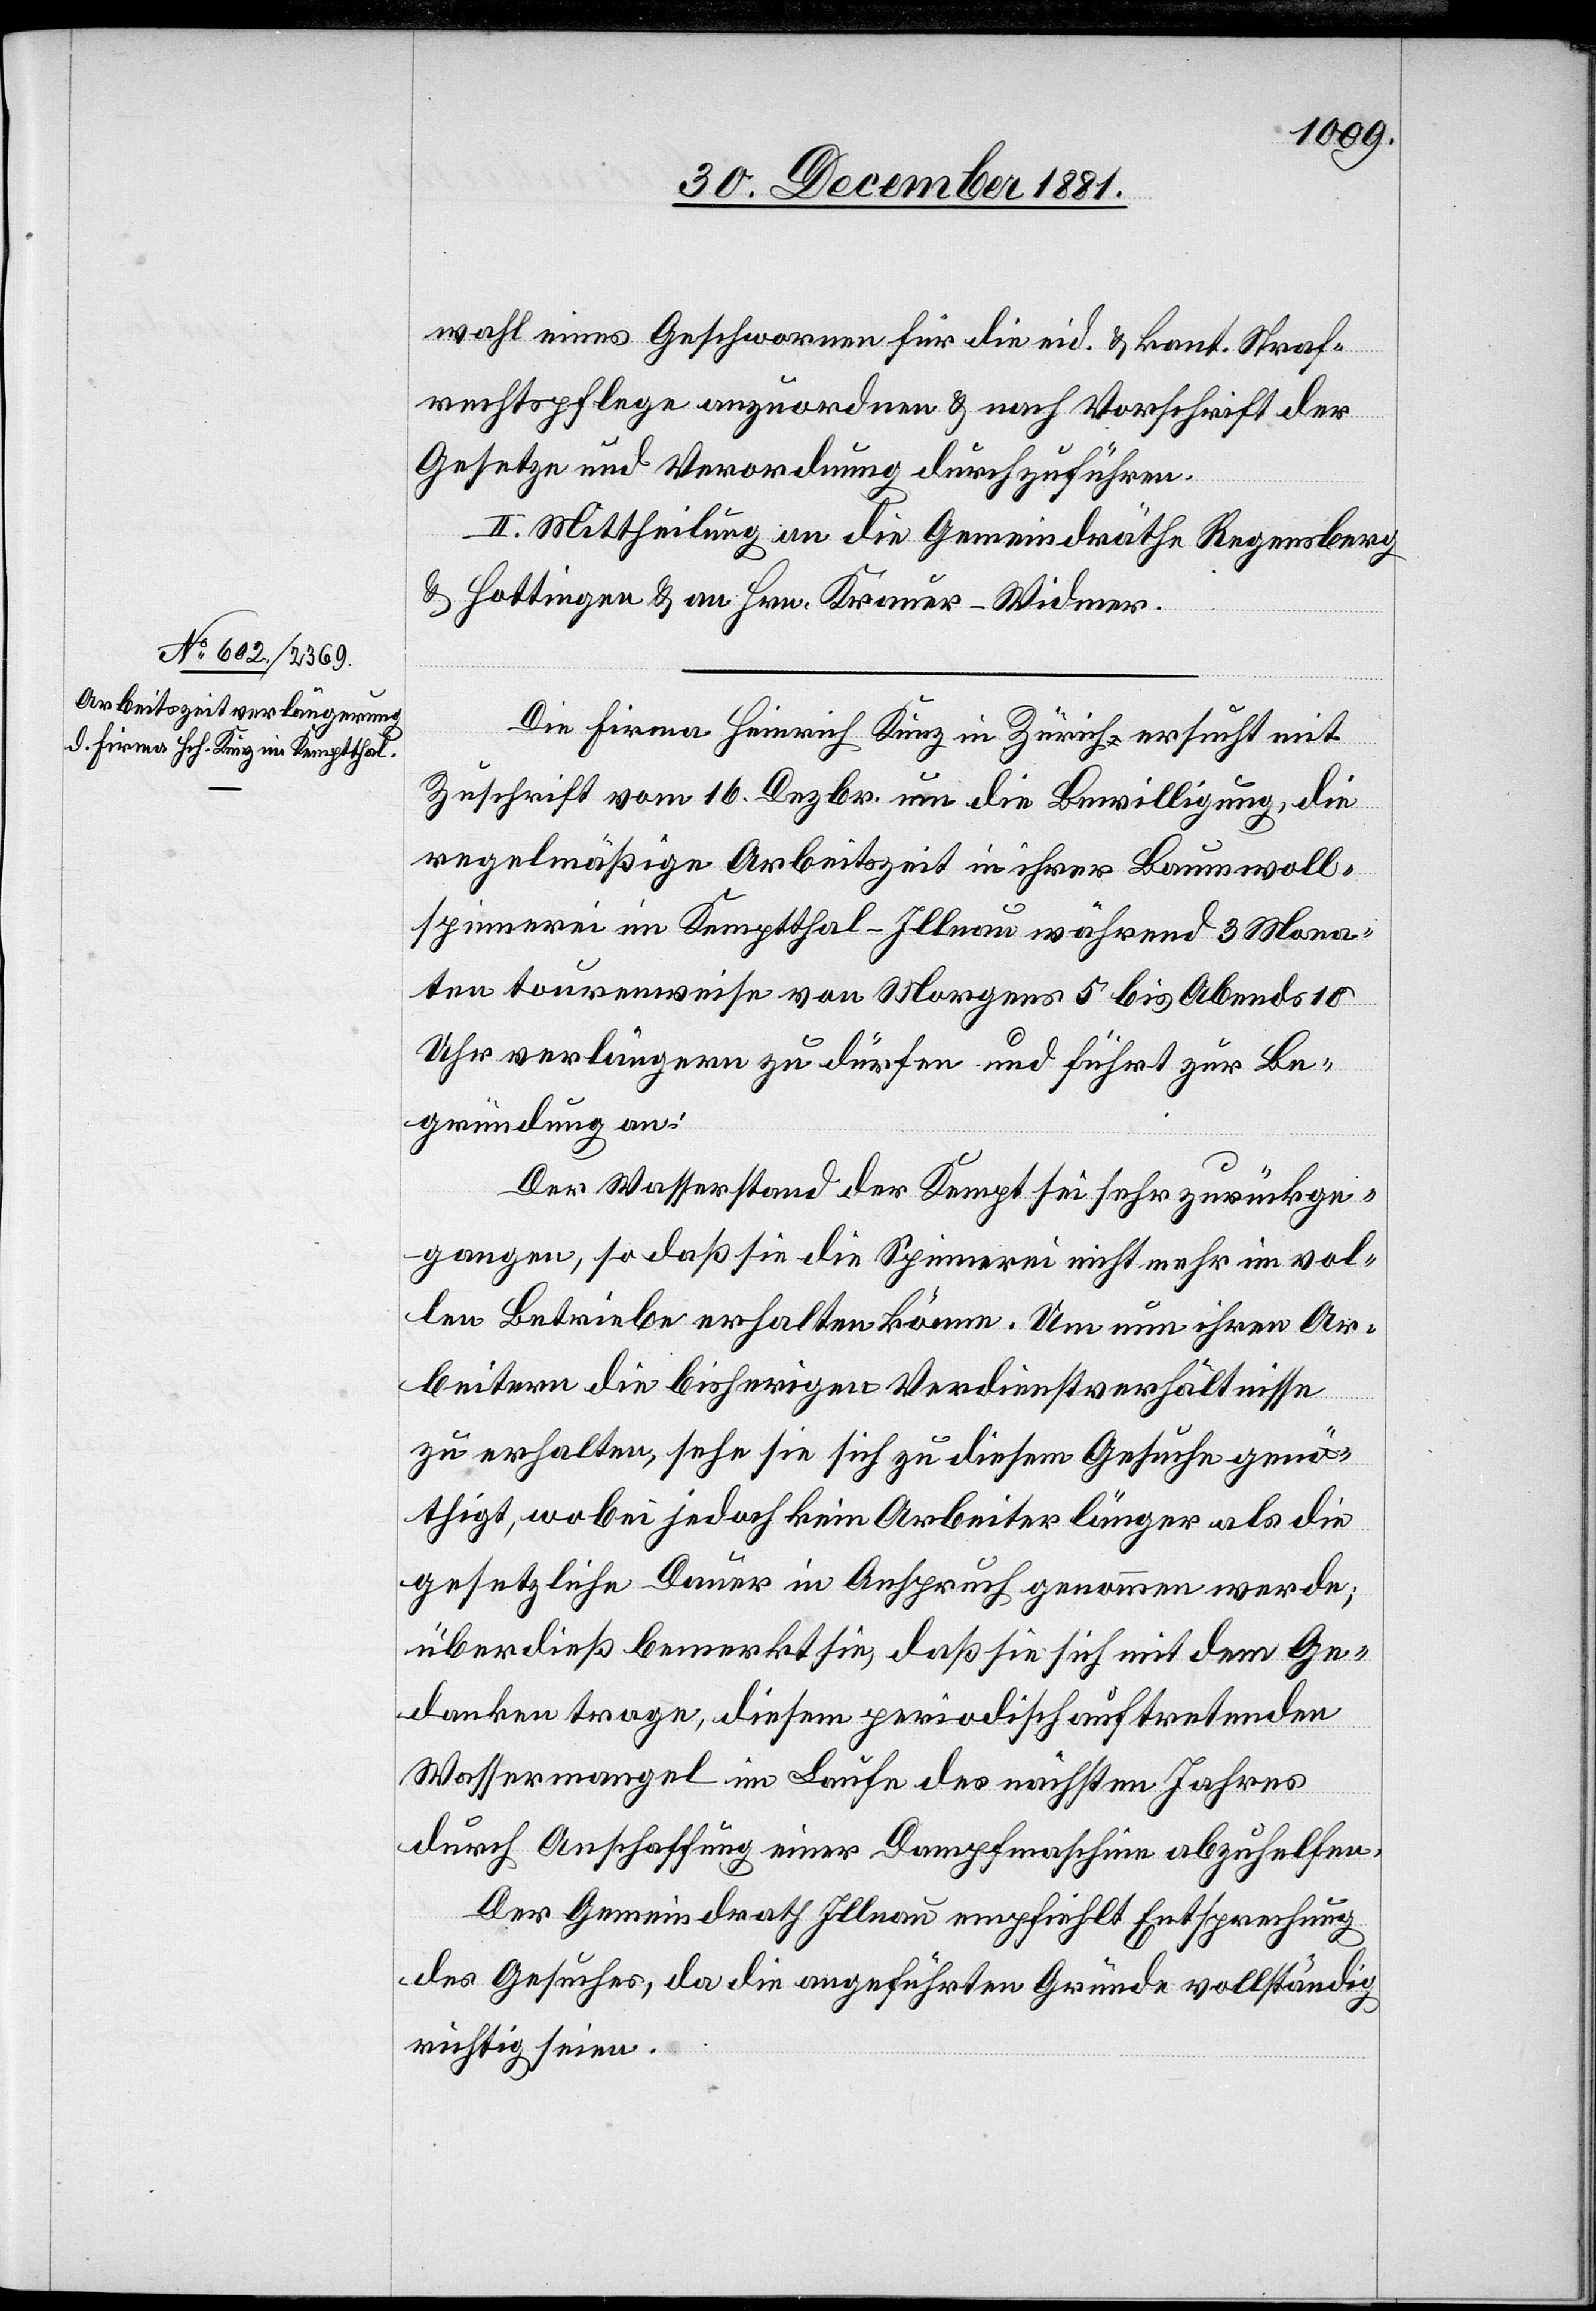
wahl eines Geschwornen für die eid. & kant. Straf¬
rechtspflege anzuordnen & nach Vorschrift der
Gesetze und Verordnung durchzuführen.
II. Mittheilung an die Gemeindräthe Regensberg
& Hottingen & an Hrn. Krauer-Widmer.
Die Firma Heinrich Kunz in Zürich ersucht mit
Zuschrift vom 16. Dezbr. um die Bewilligung, die
regelmäßige Arbeitszeit in ihrer Baumwoll¬
spinnerei in Kemptthal - Illnau während 3 Mona¬
ten tourenweise von Morgens 5 bis Abends 10
Uhr verlängern zu dürfen und führt zur Be¬
gründung an:
Der Wasserstand der Kempt sei sehr zurückge¬
gangen, so daß sie die Spinnerei nicht mehr im vol¬
len Betriebe erhalten könne. Um nun ihren Ar¬
beitern die bisherigen Verdienstverhältnisse
zu erhalten, sehe sie sich zu diesem Gesuche genö¬
thigt, wobei jedoch kein Arbeiter länger als die
gesetzliche Dauer in Anspruch genommen werde;
überdieß bemerkt sie, daß sie sich mit dem Ge¬
danken trage, diesem periodisch auftretenden
Wassermangel im Laufe des nächsten Jahres
durch Anschaffung einer Dampfmaschine abzuhelfen.
Der Gemeindrath Illnau empfiehlt Entsprechung
des Gesuches, da die angeführten Grüne vollständig
richtig seien.